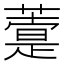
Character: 𦽢